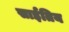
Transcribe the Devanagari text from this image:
साईतिय